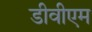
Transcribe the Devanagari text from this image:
डीवीएम